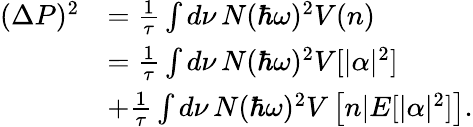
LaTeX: \begin{array}{rl}{(\Delta P)^{2}}&{=\frac{1}{\tau}\int d\nu\, N(\hbar\omega)^{2}V(n)}\\ &{=\frac{1}{\tau}\int d\nu\, N(\hbar\omega)^{2}V[|\alpha|^{2}]}\\ &{+\frac{1}{\tau}\int d\nu\, N(\hbar\omega)^{2}V\left[n|E[|\alpha|^{2}]\right].}\end{array}